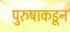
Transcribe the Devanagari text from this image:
पुरुषाकडून